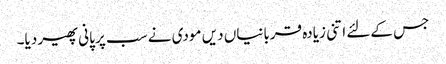
جس کےلئے اتنی زیادہ قربانیاں دیں مودی نے سب پر پانی پھیر دیا۔